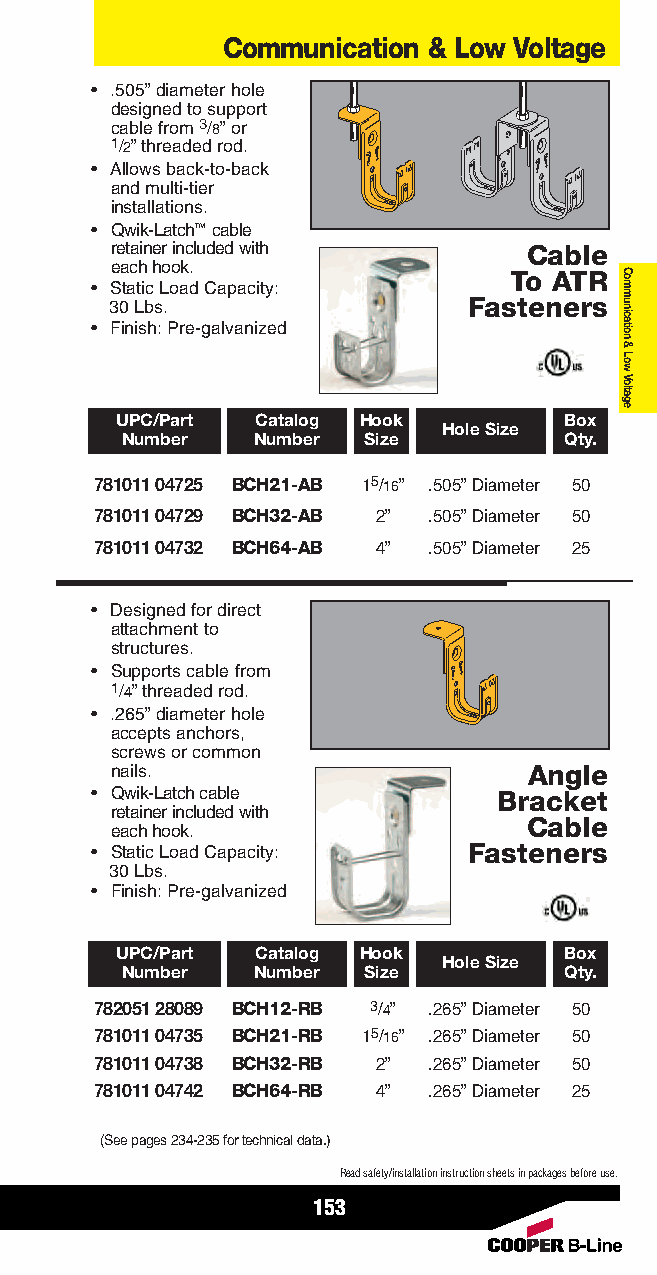
Communication & Low Voltage
 • .505” diameter hole
 designed to support
 cable from 3/8” or
 1/2” threaded rod.
 • Allows back-to-back
 and multi-tier
 installations.
 • Qwik-Latch™cable
 retainer included with      Cable
 each hook.
 To ATR
 • Static Load Capacity:
 30 Lbs.                 Fasteners
 • Finish: Pre-galvanized
 UPC/Part Catalog Hook        Box
 Hole Size
 Number   Number Size         Qty.
 781011 04725 BCH21-AB 15/16” .505” Diameter 50
 781011 04729 BCH32-AB 2” .505” Diameter 50
 781011 04732 BCH64-AB 4” .505” Diameter 25
 • Designed for direct
 attachment to
 structures.
 • Supports cable from
 1/4” threaded rod.
 • .265” diameter hole
 accepts anchors,
 screws or common
 nails.                      Angle
 • Qwik-Latch cable         Bracket
 retainer included with
 Cable
 each hook.
 • Static Load Capacity:  Fasteners
 30 Lbs.
 • Finish: Pre-galvanized
 UPC/Part Catalog Hook        Box
 Hole Size
 Number   Number Size         Qty.
 782051 28089 BCH12-RB 3/4” .265” Diameter 50
 781011 04735 BCH21-RB 15/16” .265” Diameter 50
 781011 04738 BCH32-RB 2” .265” Diameter 50
 781011 04742 BCH64-RB 4” .265” Diameter 25
 (See pages 234-235 for technical data.)
 Read safety/installation instruction sheets in packages before use.
 153
 Communication
 &
 Low
 Voltage